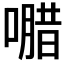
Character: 𭊸